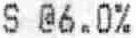
S @6.0%